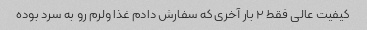
کیفیت عالی فقط ۲ بار آخری که سفارش دادم غذا ولرم رو به سرد بوده